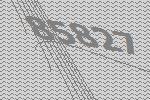
85827